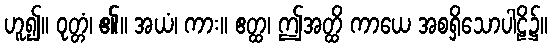
ဟူ၍။ ဝုတ္တံ၊ ၏။ အယံ၊ ကား။ ဧတ္ထ၊ ဤအတ္ထိ ကာယေ အစရှိသောပါဠိ၌။